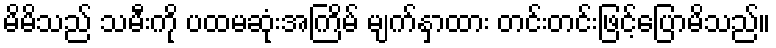
မိမိသည် သမီးကို ပထမဆုံးအကြိမ် မျက်နှာထား တင်းတင်းဖြင့်ပြောမိသည်။